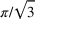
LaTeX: \pi / { \sqrt { 3 } }